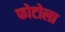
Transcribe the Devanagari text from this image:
फोटोला